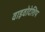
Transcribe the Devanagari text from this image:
वाइवोदेशिप